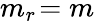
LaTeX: m_{r}\! =m